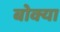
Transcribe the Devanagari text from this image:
बोक्या